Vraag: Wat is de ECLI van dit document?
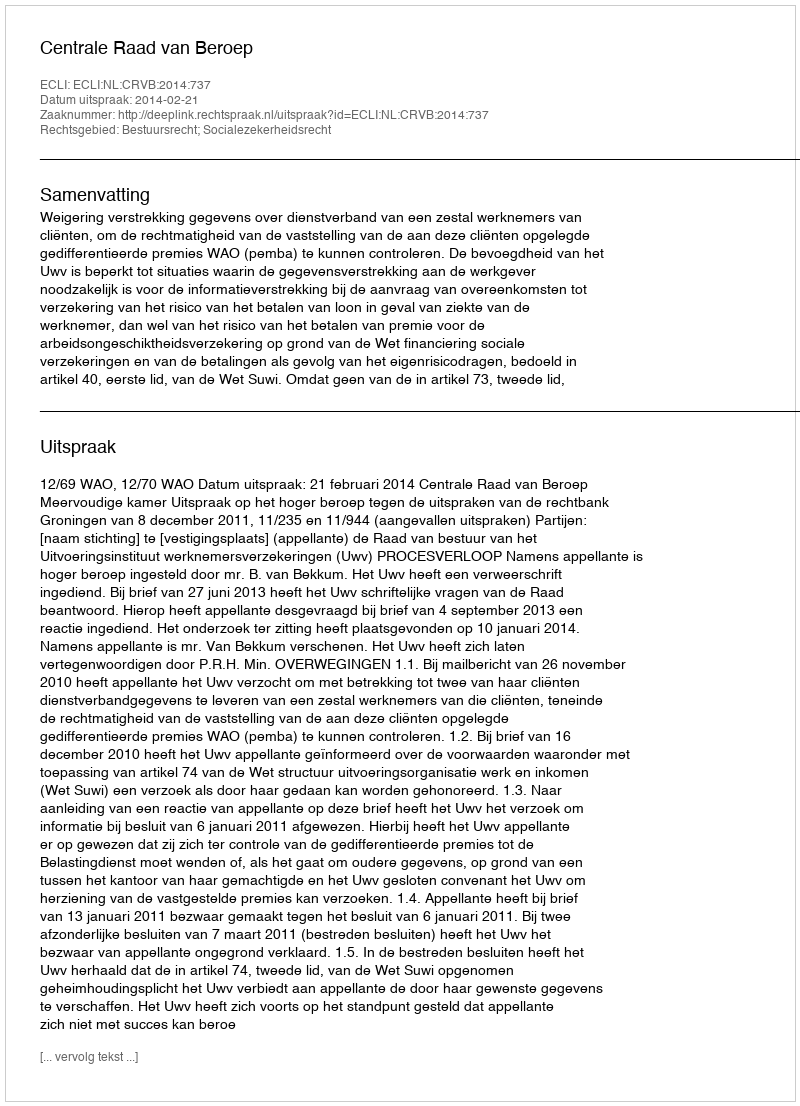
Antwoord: ECLI:NL:CRVB:2014:737